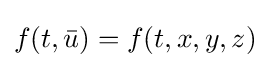
f(t,{\bar {u}})=f(t,x,y,z)